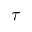
\tau